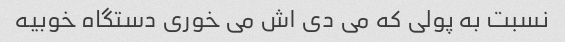
نسبت به پولی که می دی اش می خوری دستگاه خوبیه